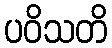
ပဝိသတိ